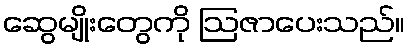
ဆွေမျိုးတွေကို ဩဇာပေးသည်။